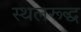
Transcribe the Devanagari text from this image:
स्थलरूद्ध